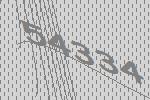
54334